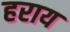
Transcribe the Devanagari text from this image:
हराय